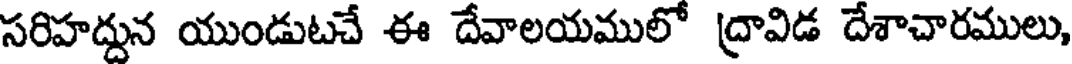
సరిహద్దున యుండుటచే ఈ దేవాలయములో ద్రావిడ దేశాచారములు,